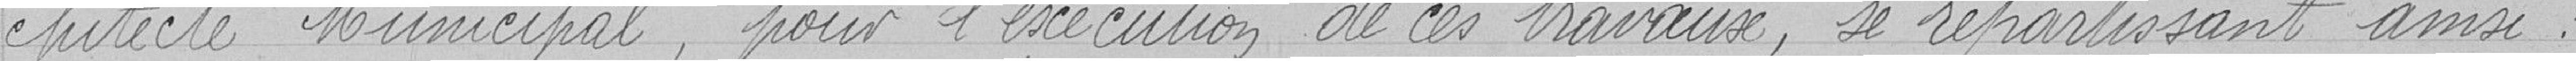
chitecte municipal, pour l’exécution de ces travaux, se répartissant ainsi